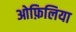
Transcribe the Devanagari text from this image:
ओफ़िलिया